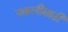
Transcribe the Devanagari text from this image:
नकलीसाठी